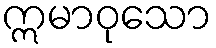
ဣမာဝုသော